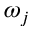
\omega _ { j }